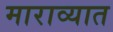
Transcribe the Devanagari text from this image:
माराव्यात